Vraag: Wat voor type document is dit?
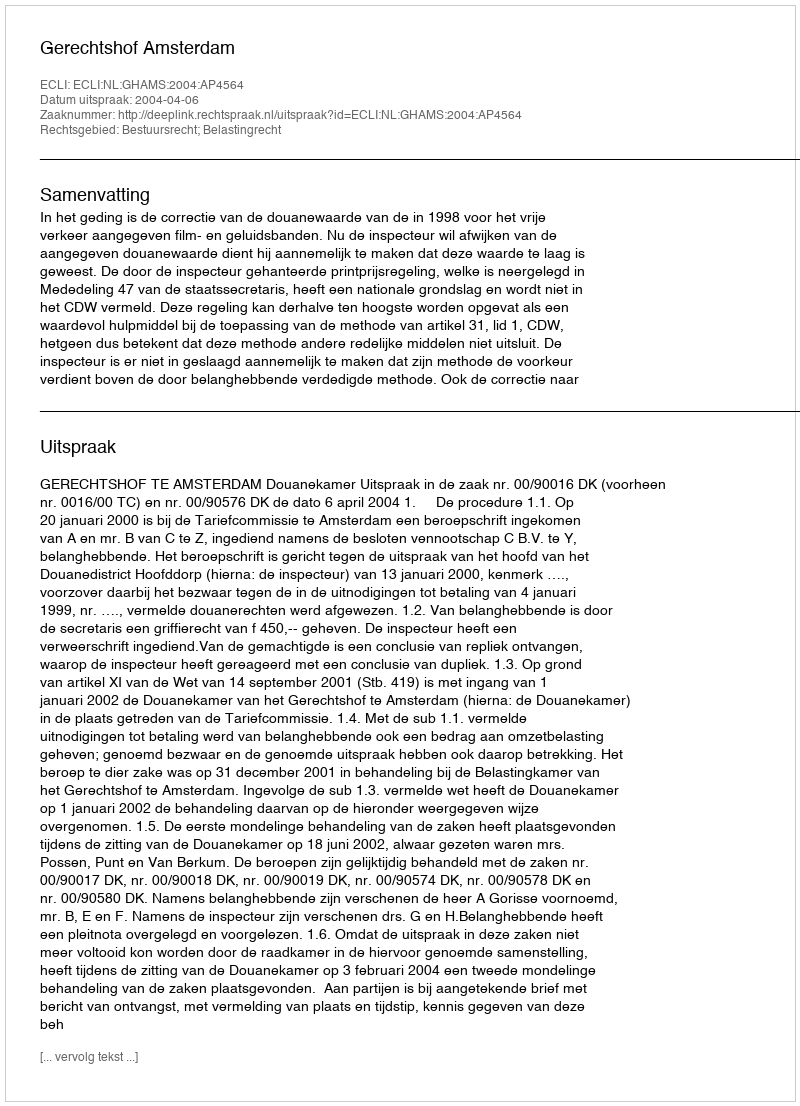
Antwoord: Uitspraak